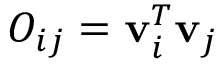
O _ { i j } = { \bf v } _ { i } ^ { T } { \bf v } _ { j }